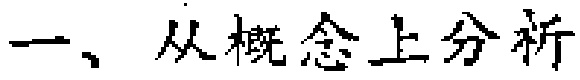
一、从概念上分析